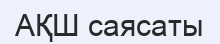
АҚШ саясаты